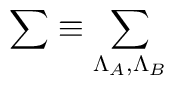
\sum \equiv \sum _{\Lambda _{A},\Lambda _{B}}